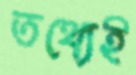
তথ্যেই